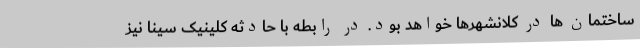
ساختمان ها در کلانشهرها خواهد بود. در رابطه با حادثه کلینیک سینا نیز